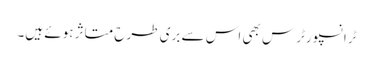
ٹرانسپورٹرس بھی اس سے بری طرح متاثر ہوئے ہیں۔